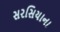
સરસિયાના